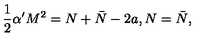
\frac { 1 } { 2 } \alpha ^ { \prime } M ^ { 2 } = N + \bar { N } - 2 a , N = \bar { N } ,